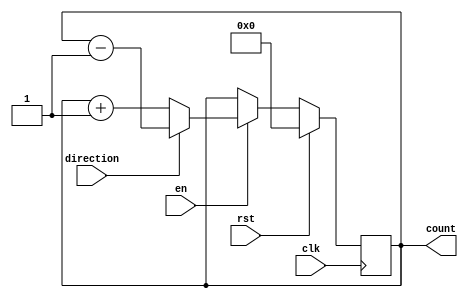
module synchronous_counter (
    input wire clk, // clock signal
    input wire rst, // reset signal
    input wire en, // enable signal
    input wire direction, // direction of counting (0 for up, 1 for down)
    output reg [3:0] count // 4-bit count value
);

always @(posedge clk) begin
    if (rst) begin
        count <= 4'b0000; // initialize count value to 0
    end else if (en) begin
        if (direction) begin // counting down
            count <= count - 1;
        end else begin // counting up
            count <= count + 1;
        end
    end
end

endmodule